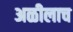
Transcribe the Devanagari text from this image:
अळीलाच